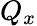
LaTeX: Q_{x}